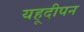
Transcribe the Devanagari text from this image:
यहूदीपन